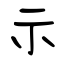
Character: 示